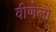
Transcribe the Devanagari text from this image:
वीणेला